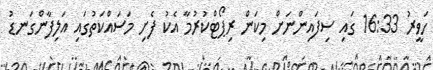
ހަވީރު 16:33 ގައި ސިފައިންނަށް މިކަން ރިޕޯޓްކުރުމާ އެކު ފެށި މަސައްކަތުގައި އަލިފާންގަނޑު